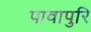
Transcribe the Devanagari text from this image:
पावापुरि